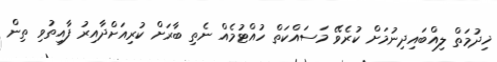
ޚިދުމަތް ލިއްބައިދިނުމަށް ކުރެވޭ މަސައްކަތް ހުއްޓުމެއް ނެތި ބާރަށް ކުރިއަށްދާއިރު ފާއިތުވި ތިން